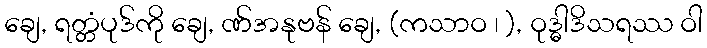
ချေ, ရတ္တံပုဒ်ကို ချေ, ဏ်အနုဗန် ချေ, (ကသာဝ ၊ ), ဝုဒ္ဓါဒိသရဿ ဝါ